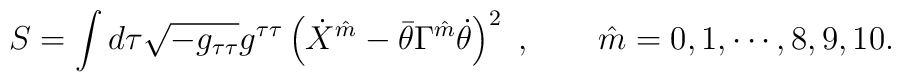
S = \int d\tau \sqrt {-g_{\tau\tau}}  g^{\tau\tau} \left( \dot X^{\hat m}  -\bar \theta \Gamma^{\hat m} \dot \theta \right)^2 \ , \qquad \hat m = 0,1,\cdots , 8,9,10.